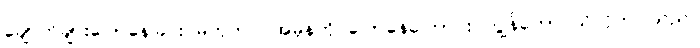
ချောက်ချားပြောနေခြင်း မဟုတ်ပဲ အမှန်ကို ပြောနေကြောင်း ကျွန်တော် သိလိုက်ပါသည်။